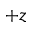
+ z